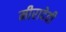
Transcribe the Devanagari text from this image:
मीरादेवी